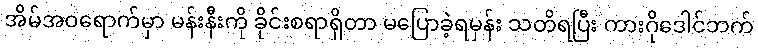
အိမ်အဝရောက်မှာ မန်းနီးကို ခိုင်းစရာရှိတာ မပြောခဲ့ရမှန်း သတိရပြီး ကားဂိုဒေါင်ဘက်